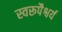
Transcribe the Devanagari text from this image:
स्वरूपैश्वर्य